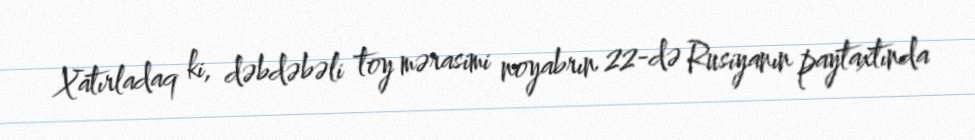
Xatırladaq ki, dəbdəbəli toy mərasimi noyabrın 22-də Rusiyanın paytaxtında